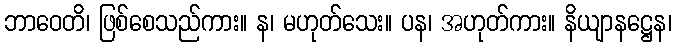
ဘာဝေတိ၊ ဖြစ်စေသည်ကား။ န၊ မဟုတ်သေး။ ပန၊ အဟုတ်ကား။ နိယျာနဋ္ဌေန၊